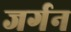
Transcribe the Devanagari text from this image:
जर्गन